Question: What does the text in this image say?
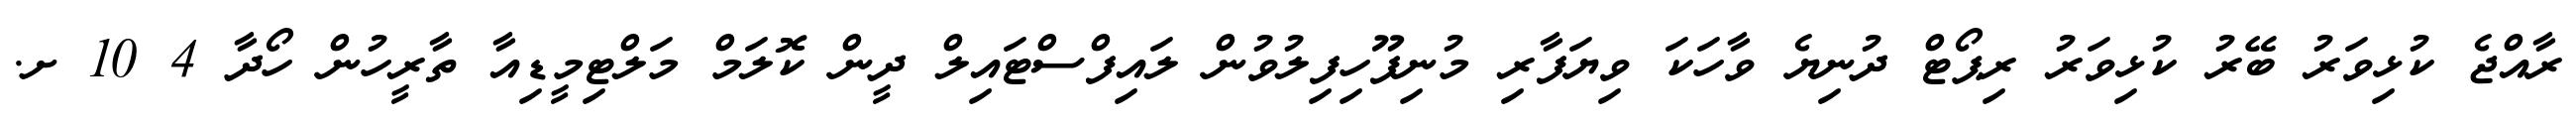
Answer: ރާއްޖެ ކުޅިވަރު ބޭރު ކުޅިވަރު ރިޕޯޓް ދުނިޔެ ވާހަކަ ވިޔަފާރި މުނިފޫހިފިލުވުން ލައިފްސްޓައިލް ދީން ކޮލަމް މަލްޓިމީޑިއާ ތާރީހުން ހޯދާ 4 10 ށ.